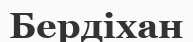
Бердіхан